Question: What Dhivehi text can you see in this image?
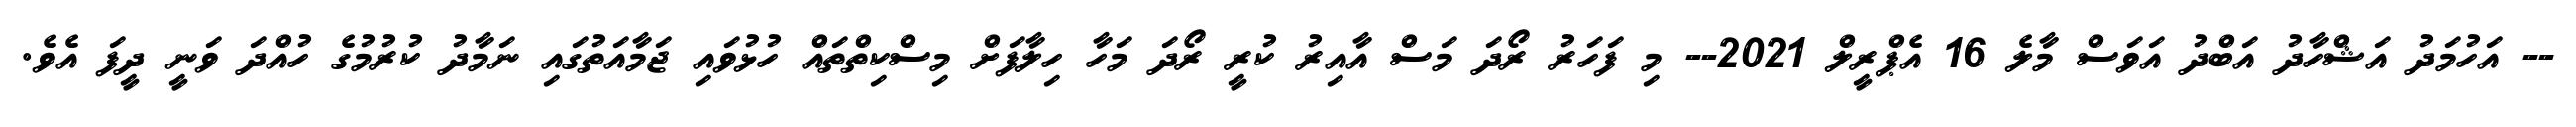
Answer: -- އަހުމަދު އަޝްހާދު އަބްދު އަވަސް މާލެ 16 އެޕްރީލް 2021-- މި ފަހަރު ރޯދަ މަސް އާއިރު ކުރީ ރޯދަ މަހާ ހިލާފަށް މިސްކިތްތައް ހުޅުވައި ޖަމާއަތުގައި ނަމާދު ކުރުމުގެ ހުއްދަ ވަނީ ދީފަ އެވެ.